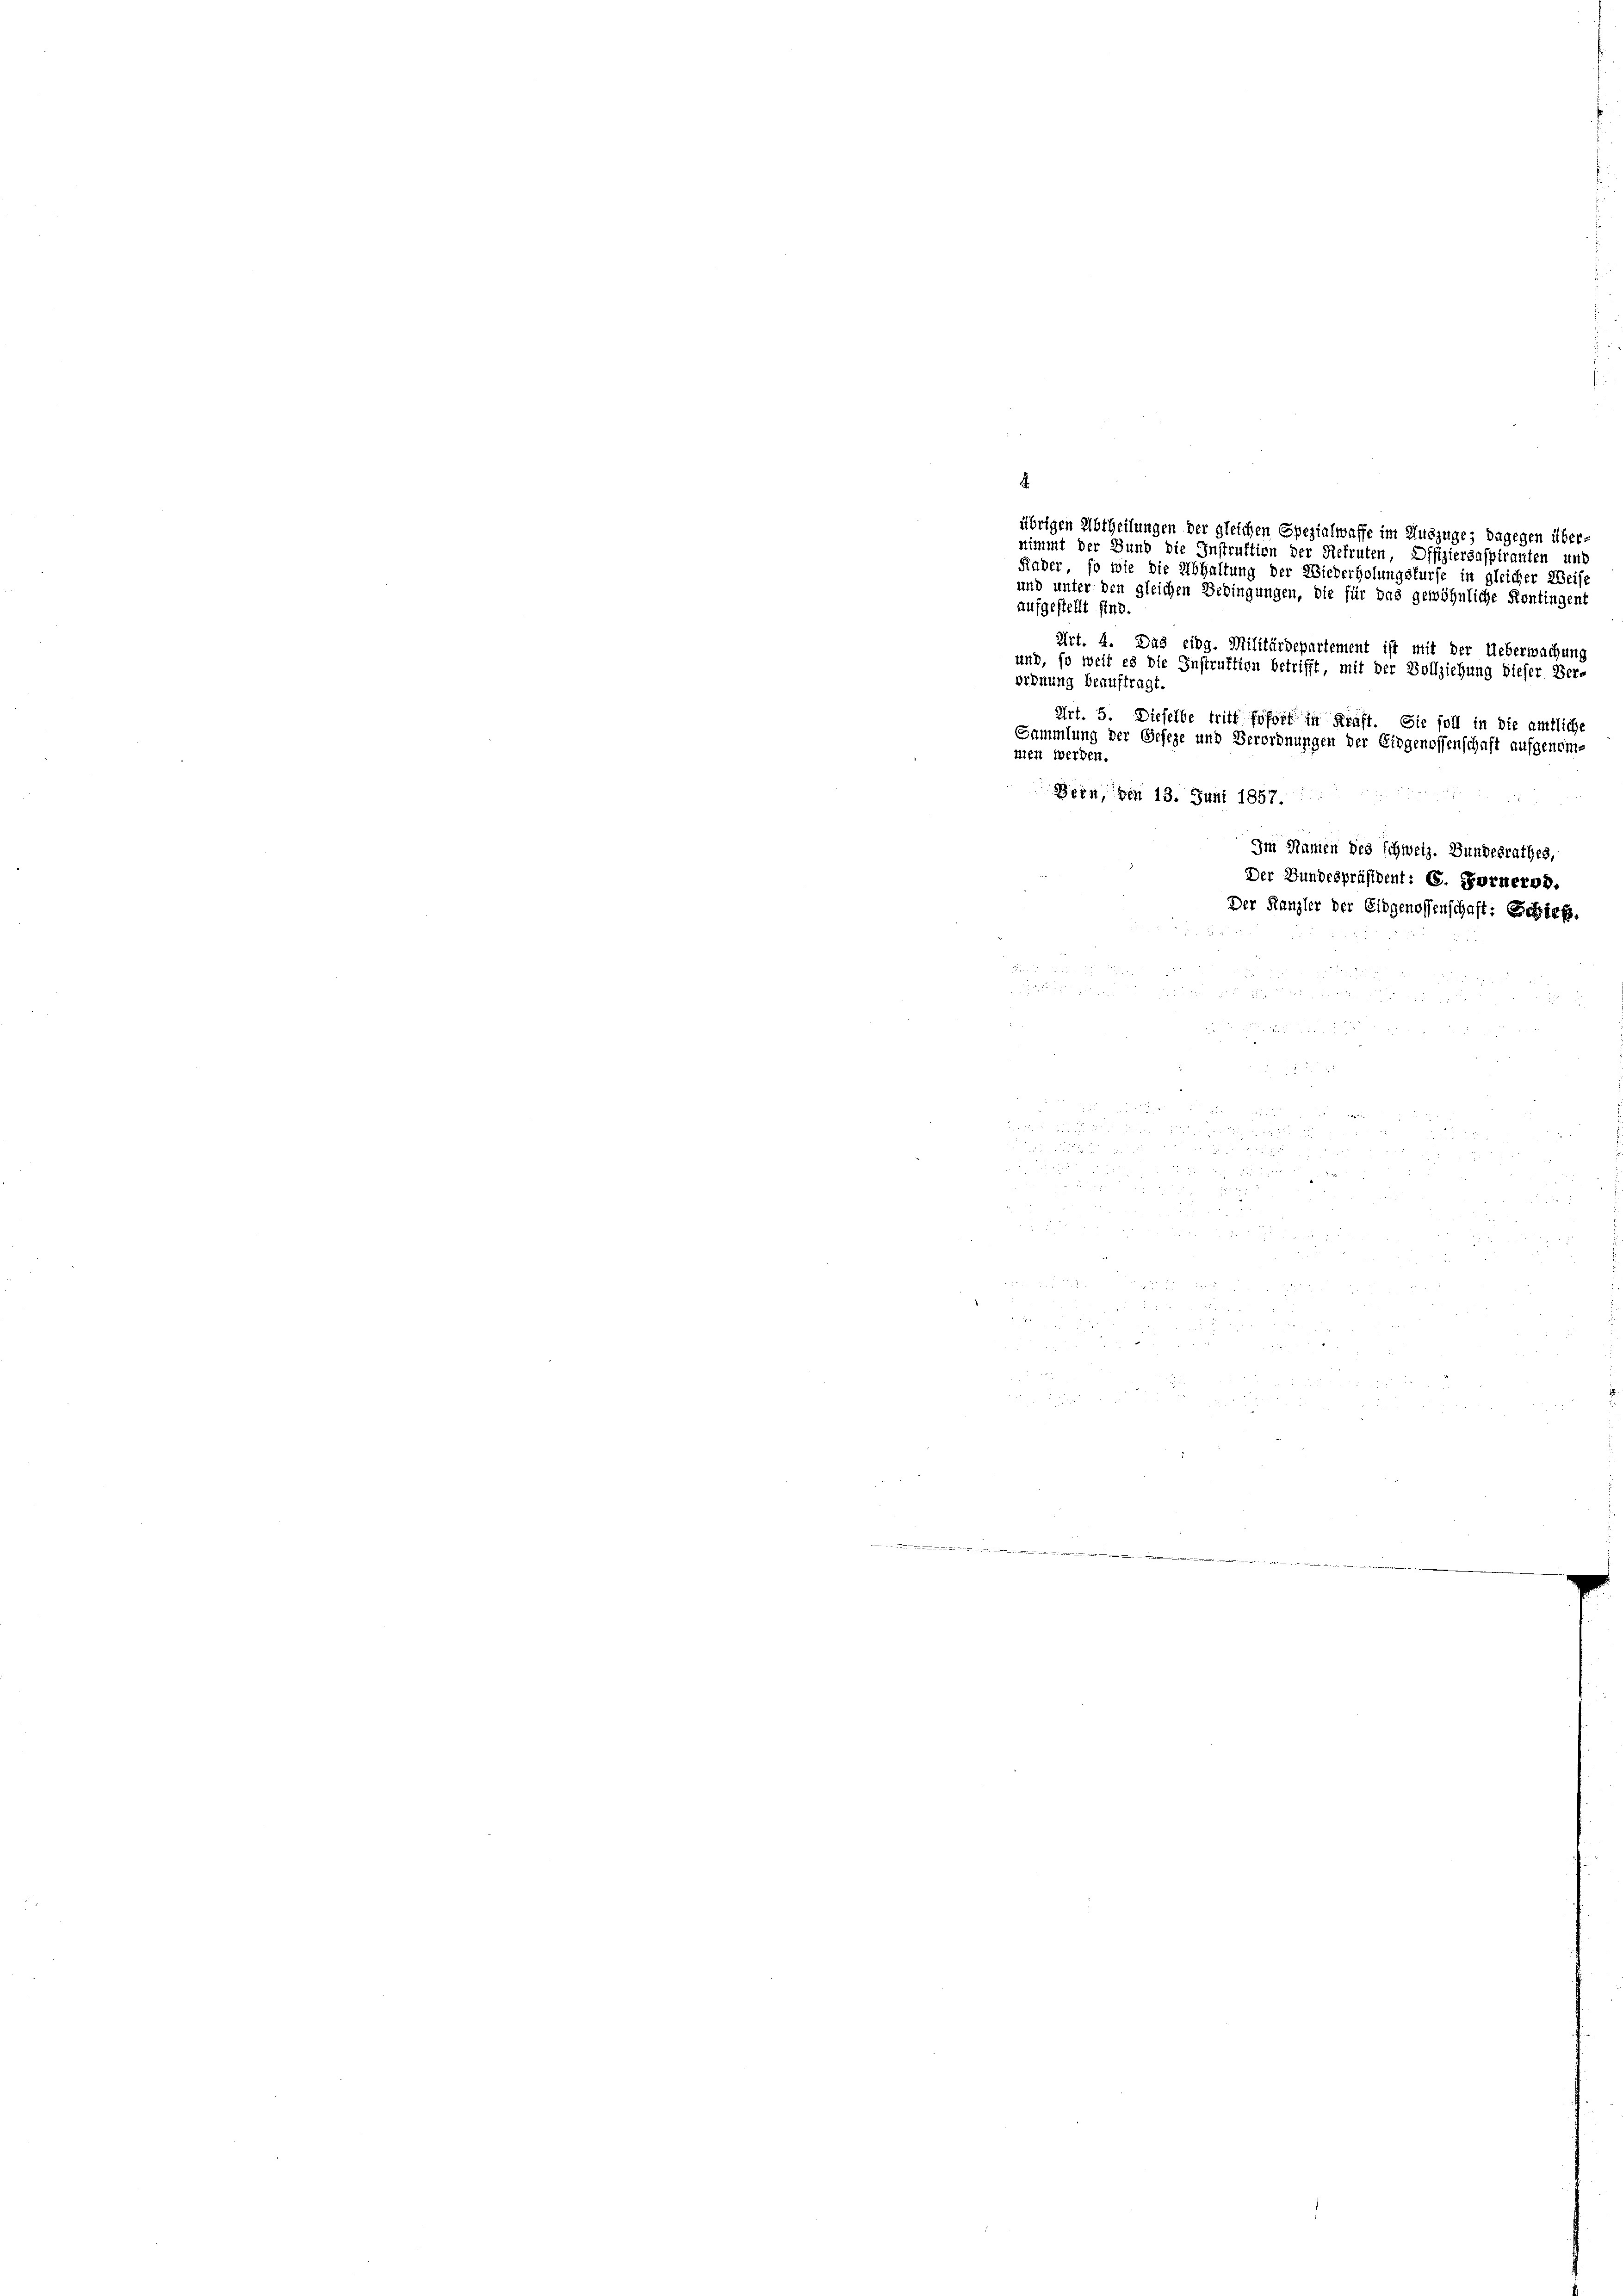
nimmt der Bund die Instruktion der Rekruten, Offiziergaspiranten und
Fiader, so wie die Abhaltung der 22
und unter den gleichen Bedingungen, die für das gewöhnliche Kontingent
aufgestellt sind.
Art. 4. Das eidg. Militärdepartement ist mit der Ueberwachung
und, so weit es die Instruktion betrifft, mit der Vollziehung dieser Ver-
ordnung beauftragt.
Art. 5. Dieselbe tritt sofort in Kraft. Sie soll in die amtliche
Sammlung der Geseze und Verordnungen der Eidgenossenschaft aufgenommen werden.
Bern, von 13. Juni 1857.
 xx

d
 8

e

u

 8

d
 214 f 24
r

 x
 2
2
  12 f 0 x
 x

4

.
übrigen Abtheilungen der gleichen Spezialwaffe im Auszüge; dagegen über¬

b

rholungsfürfe in gleicher Weise

Im Namen des schweiz. Bundesrathes,
Der Bundespräsident: C. Fornerod.
Der Kanzler der Eidgenossenschaft: Schieß.